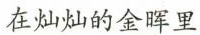
在灿灿的金晖里